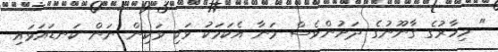
" މިހާރުގެ ގާނޫނުގެ ދަށުންވެސް މަނާ އެކަމަކު ވަކި ވަކިން ނަން ކަނޑައަޅައި